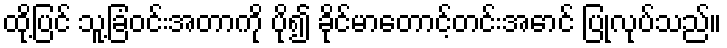
ထို့ပြင် သူ့ခြံဝင်းအတာကို ပို၍ ခိုင်မာတောင့်တင်းအောင် ပြုလုပ်သည်။